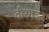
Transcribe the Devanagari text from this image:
वीरगञ्ज